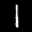
Label: 1